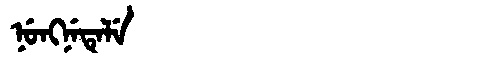
Manchu: ᠨᡠᠩᠨᡝᡨᡝᠯᡝ
Romanization: NUNGNETELE